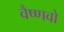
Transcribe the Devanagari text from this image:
वैष्‍णवो